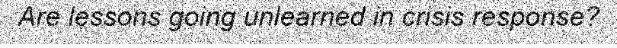
Are lessons going unlearned in crisis response?